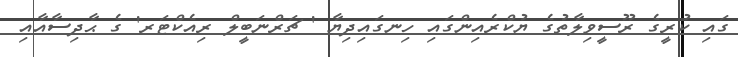
ގައި ކުރީގެ ރޫސީވިލާތުގެ ޔުކްރެއިންގައި ހިނގައިދިޔާ ' ޗަރްނަބީލް ރިއެކްޓަރ' ގެ ޙާދިސާއާއި